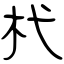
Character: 杙